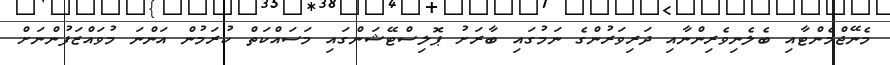
މެނޭޖްމެންޓާއި ބެލެނިވެރިންނާއި ދަރިވަރުންގެ ނަމުގައި ބާރަށު ޕޮލިސްޓޭޝަންގައި މަސައްކަތް ކުރަމުން އަންނަ މުވައްޒަފުންނަށް